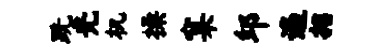
跣光机操窠邱遍招